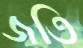
জতি